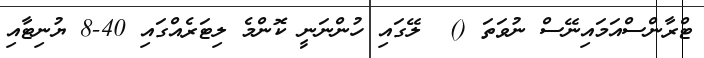
ޓްރާންސްއަމައިނޭސް ނުވަތަ ()  ލޭގައި ހުންނަނީ ކޮންމެ ލިޓަރެއްގައި 40-8 ޔުނިޓާއި